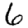
Digit: 6